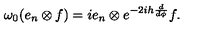
\omega _ { 0 } ( e _ { n } \otimes f ) = i e _ { n } \otimes e ^ { - 2 i h \frac { d } { d \phi } } f .